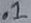
Text: .1